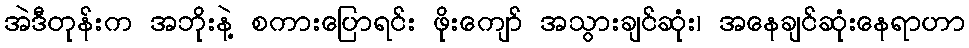
အဲဒီတုန်းက အဘိုးနဲ့ စကားပြောရင်း ဖိုးကျော် အသွားချင်ဆုံး၊ အနေချင်ဆုံးနေရာဟာ